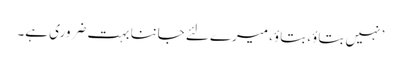
’ نہیں بتاؤ، بتاؤ، میرے لئے جاننا بہت ضروری ہے۔